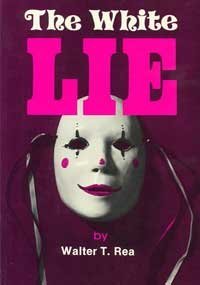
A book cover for The White Lie; Walter T. Rea; Christian Books & Bibles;